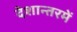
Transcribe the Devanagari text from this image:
देशान्तरमें